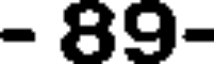
- 89-